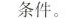
条件。